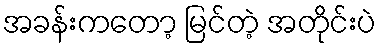
အခန်းကတော့ မြင်တဲ့ အတိုင်းပဲ